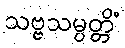
သဗ္ဗသမ္ပတ္တိံ